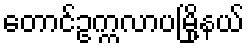
တောင်ဥက္ကလာပမြို့နယ်